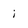
Character: i